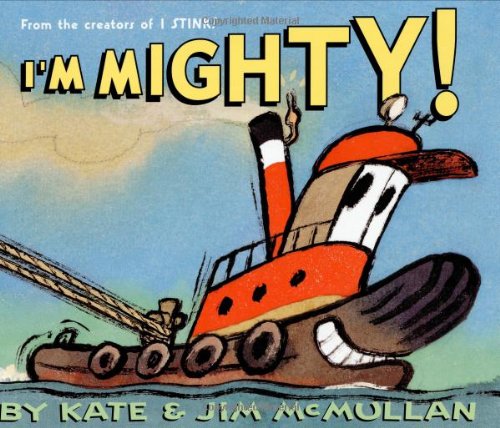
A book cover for I'm Mighty!; Kate McMullan; Children's Books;